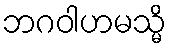
ဘဂဝါဟမသ္မိ